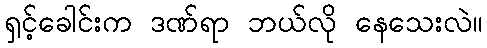
ရှင့်ခေါင်းက ဒဏ်ရာ ဘယ်လို နေသေးလဲ။